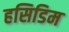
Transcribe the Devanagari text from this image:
हसिडिम